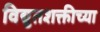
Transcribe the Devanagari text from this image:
विद्युतशक्तीच्या